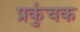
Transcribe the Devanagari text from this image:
प्रकुंचक